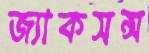
জ্যাকসন্স